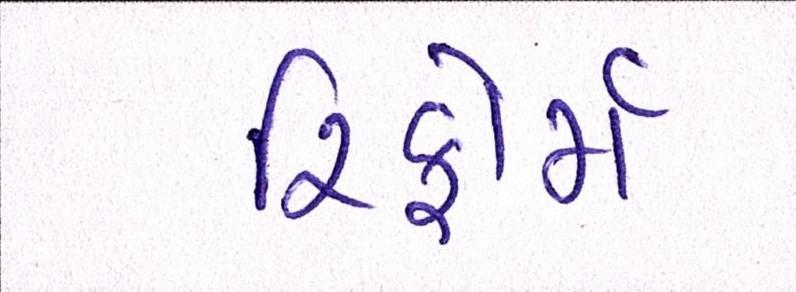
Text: રિફોર્મ